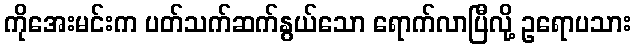
ကိုအေးမင်းက ပတ်သက်ဆက်နွယ်သော ရောက်လာပြီလို့ ဥရောပသား